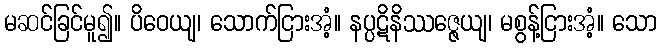
မဆင်ခြင်မူ၍။ ပိဝေယျ၊ သောက်ငြားအံ့။ နပ္ပဋိနိဿဇ္ဇေယျ၊ မစွန့်ငြားအံ့။ သော